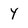
Character: y